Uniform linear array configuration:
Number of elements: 48
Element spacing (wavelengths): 0.25
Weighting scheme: kaiser
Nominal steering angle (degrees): -45
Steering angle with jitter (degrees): -43.202
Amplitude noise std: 0.05
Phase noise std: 0.05

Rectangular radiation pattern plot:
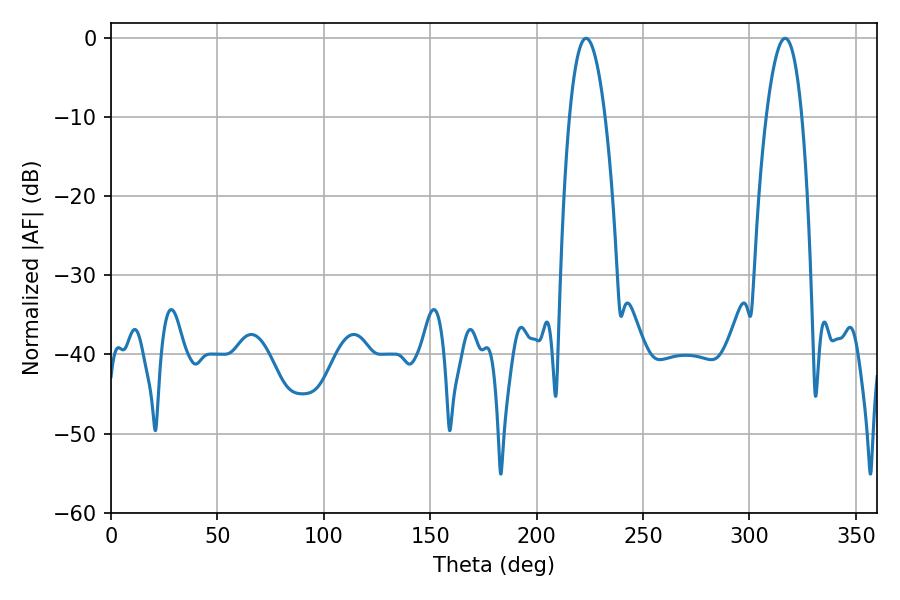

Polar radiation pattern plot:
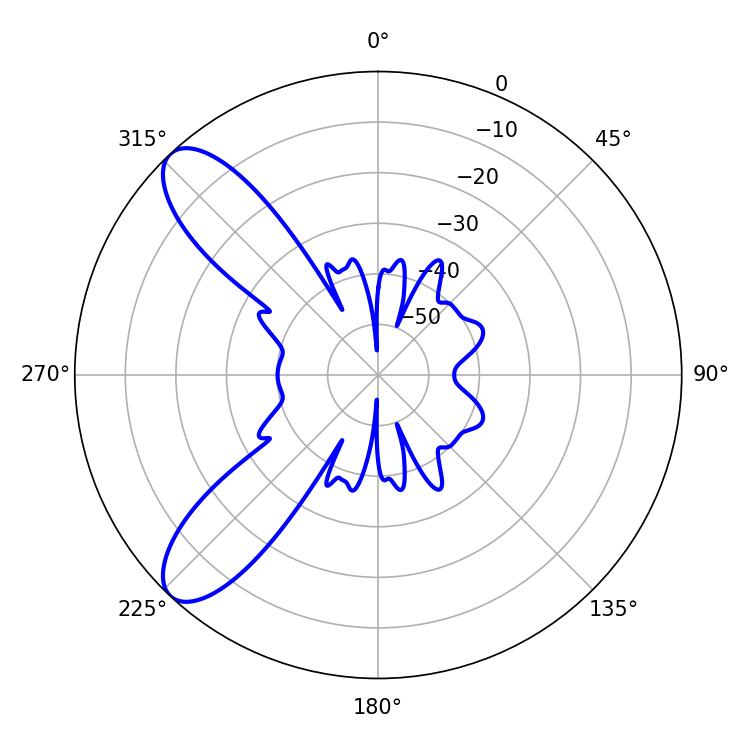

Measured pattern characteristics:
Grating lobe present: FALSE
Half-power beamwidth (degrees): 9.36
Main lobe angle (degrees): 223.2